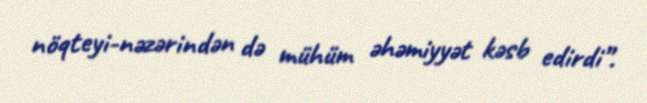
nöqteyi-nəzərindən də mühüm əhəmiyyət kəsb edirdi”.